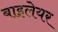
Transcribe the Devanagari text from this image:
बाइलेयर